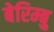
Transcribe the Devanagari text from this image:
बेरिम्बु